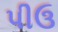
પીઉ